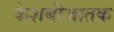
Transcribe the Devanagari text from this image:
केशबीजातक